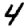
Digit: 4